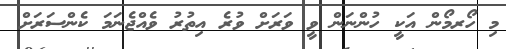
މި ހޯރމޯން އަކީ ހުންނަން ވީ ވަރަށް ވުރެ އިތުރު ވެއްޖެނަމަ ކެންސަރަށް